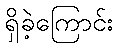
ရှိခဲ့ကြောင်း